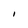
Character: l